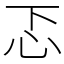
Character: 忑